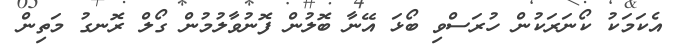
އެކަމަކު ކޯނަރަކުން ހުރަސްވި ބޯޅަ އޭނާ ބޮލުން ފޮނުވާލުމުން ގޯލް ރޮނގު މަތިން